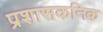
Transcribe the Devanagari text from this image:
प्रशासकनिक